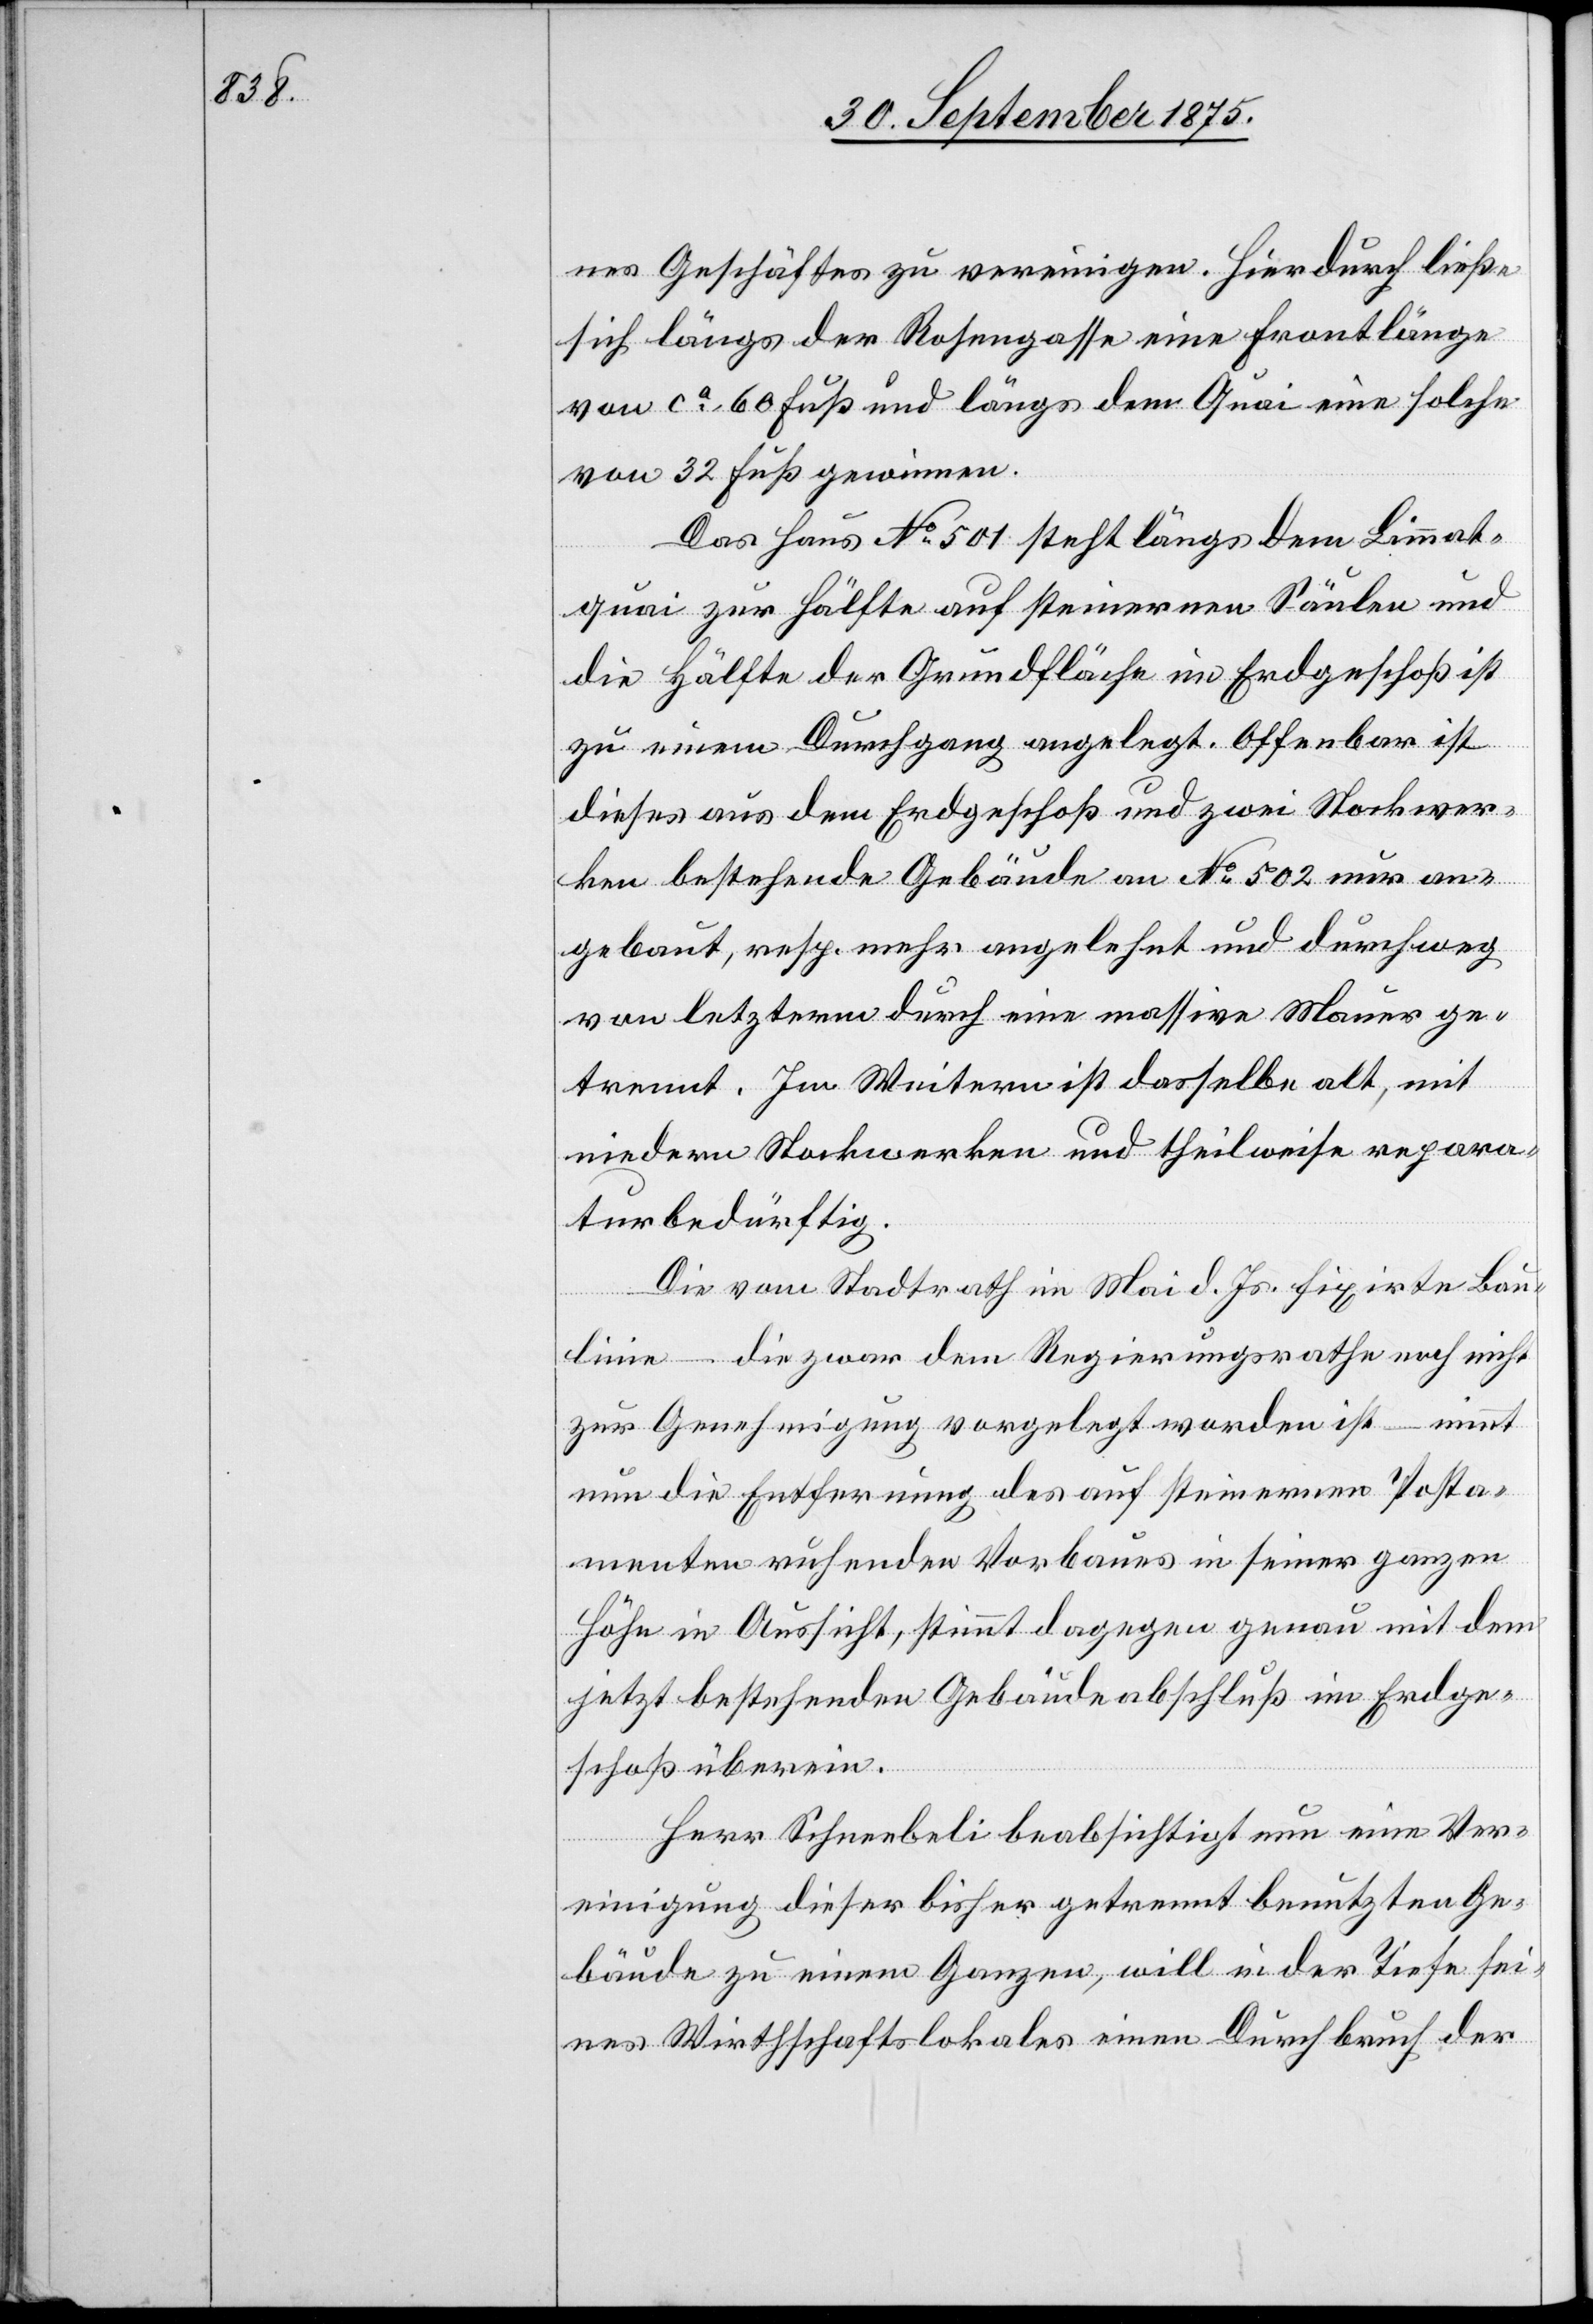
nes Geschäftes zu vereinigen. Hierdurch ließe
sich längs der Rosengasse eine Frontlänge
von ca 60 Fuß und längs dem Quai eine solche
von 32 Fuß gewinnen.
Das Haus No 501 steht längs dem Limmat¬
quai zur Hälfte auf steinernen Säulen und
die Hälfte der Grundfläche im Erdgeschoß ist
zu einem Durchgang angelegt. Offenbar ist
dieses aus dem Erdgeschoß und zwei Stockwer¬
ken bestehende Gebäude an No 502 nur an¬
gebaut, resp. mehr angelehnt und durchweg
von letzterm durch eine massive Mauer ge¬
trennt. Im Weitern ist dasselbe alt, mit
niedern Stockwerken und theilweise repara¬
turbedürftig.
Die vom Stadtrath im Mai d. Js. fixirte Bau¬
linie – die zwar dem Regierungsrathe noch nicht
zur Genehmigung vorgelegt worden ist – nimmt
nun die Entfernung des auf steinernen Posta¬
menten ruhenden Vorbaues in seiner ganzen
Höhe in Aussicht, stimmt dagegen genau mit dem
jetzt bestehenden Gebäudeabschluß im Erdge¬
schoß überein.
Herr Schneebeli beabsichtigt nun eine Ver¬
einigung dieser bisher getrennt benutzten Ge¬
bäude zu einem Ganzen, will in der Tiefe sei¬
nes Wirthschaftslokales einen Durchbruch der